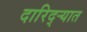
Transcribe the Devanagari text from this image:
दारिद्‌ऱ्यात